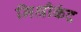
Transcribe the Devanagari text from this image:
मिश्रीकंद